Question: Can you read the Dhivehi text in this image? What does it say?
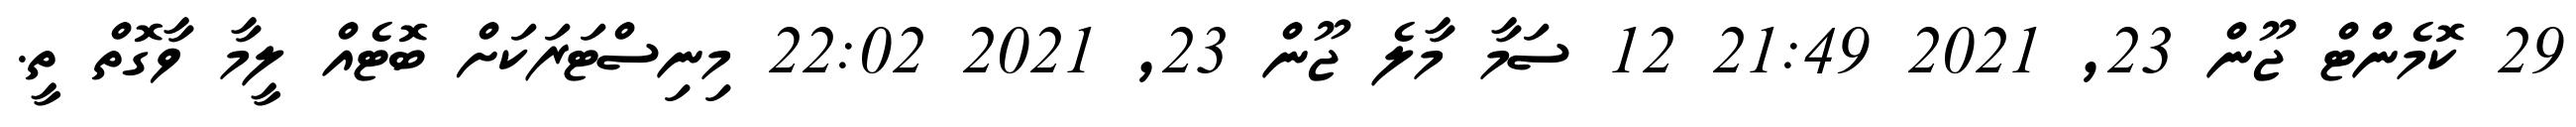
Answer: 29 ކޮމެންޓް ޖޫން 23, 2021 21:49 12 ސަމާ މާލެ ޖޫން 23, 2021 22:02 މިނިސްޓަރަކަށް ބޮޓެއް ލީމާ ވާގޮތް ތީ.